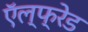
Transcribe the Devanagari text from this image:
ऍल्फ्रेड